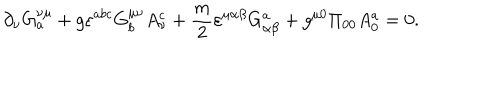
\partial _ { \nu } G _ { a } ^ { \nu \mu } + g \varepsilon ^ { a b c } G _ { b } ^ { \mu \nu } A _ { \nu } ^ { c } + \frac { m } { 2 } \varepsilon ^ { \mu \alpha \beta } G _ { \alpha \beta } ^ { a } + g ^ { \mu 0 } \Pi _ { 0 0 } A _ { 0 } ^ { a } = 0 .